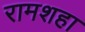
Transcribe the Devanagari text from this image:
रामशहा